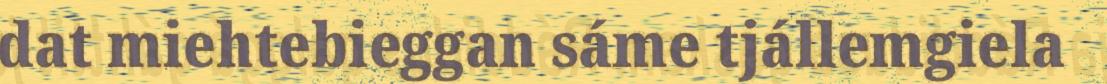
dat miehtebieggan sáme tjállemgiela